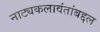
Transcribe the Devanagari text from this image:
नाट्यकलावंतांबद्दल